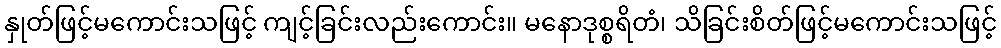
နှုတ်ဖြင့်မကောင်းသဖြင့် ကျင့်ခြင်းလည်းကောင်း။ မနောဒုစ္စရိတံ၊ သိခြင်းစိတ်ဖြင့်မကောင်းသဖြင့်